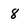
Character: 8